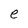
Character: e